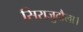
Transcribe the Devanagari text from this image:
सिराजुदौला।